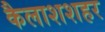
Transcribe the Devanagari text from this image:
कैलाशशहर